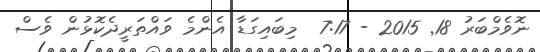
ނޮވެމްބަރު 18